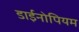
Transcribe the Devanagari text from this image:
डाईनोपियम